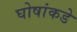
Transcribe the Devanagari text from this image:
घोषांकडे